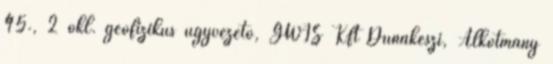
45., 2 okl. geofizikus ügyvezető, GWIS Kft Dunakeszi, Alkotmány